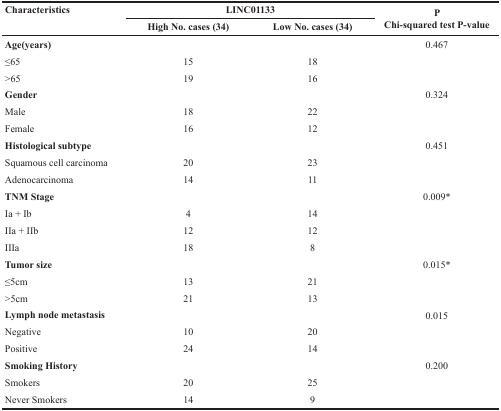
<table><thead><tr><td rowspan="2"><b>Characteristics</b></td><td colspan="2"><b>LINC01133</b></td><td rowspan="2"><b>P Chi-squared test P-value</b></td></tr><tr><td><b>High No. cases (34)</b></td><td><b>Low No. cases (34)</b></td></tr></thead><tbody><tr><td><b>Age(years)</b></td><td></td><td></td><td>0.467</td></tr><tr><td>≤65</td><td>15</td><td>18</td><td></td></tr><tr><td>&gt;65</td><td>19</td><td>16</td><td></td></tr><tr><td><b>Gender</b></td><td></td><td></td><td>0.324</td></tr><tr><td>Male</td><td>18</td><td>22</td><td></td></tr><tr><td>Female</td><td>16</td><td>12</td><td></td></tr><tr><td><b>Histological subtype</b></td><td></td><td></td><td>0.451</td></tr><tr><td>Squamous cell carcinoma</td><td>20</td><td>23</td><td></td></tr><tr><td>Adenocarcinoma</td><td>14</td><td>11</td><td></td></tr><tr><td><b>TNM Stage</b></td><td></td><td></td><td>0.009*</td></tr><tr><td>Ia + Ib</td><td>4</td><td>14</td><td></td></tr><tr><td>IIa + IIb</td><td>12</td><td>12</td><td></td></tr><tr><td>IIIa</td><td>18</td><td>8</td><td></td></tr><tr><td><b>Tumor size</b></td><td></td><td></td><td>0.015*</td></tr><tr><td>≤5cm</td><td>13</td><td>21</td><td></td></tr><tr><td>&gt;5cm</td><td>21</td><td>13</td><td></td></tr><tr><td><b>Lymph node metastasis</b></td><td></td><td></td><td>0.015</td></tr><tr><td>Negative</td><td>10</td><td>20</td><td></td></tr><tr><td>Positive</td><td>24</td><td>14</td><td></td></tr><tr><td><b>Smoking History</b></td><td></td><td></td><td>0.200</td></tr><tr><td>Smokers</td><td>20</td><td>25</td><td></td></tr><tr><td>Never Smokers</td><td>14</td><td>9</td><td></td></tr></tbody></table>